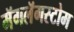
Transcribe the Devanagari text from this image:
मॅगलॅगस्टोम